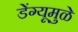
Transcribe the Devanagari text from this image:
डेंग्यूमुळे